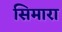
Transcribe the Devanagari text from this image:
सिमारा